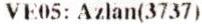
VE05: AZLAN(3737)